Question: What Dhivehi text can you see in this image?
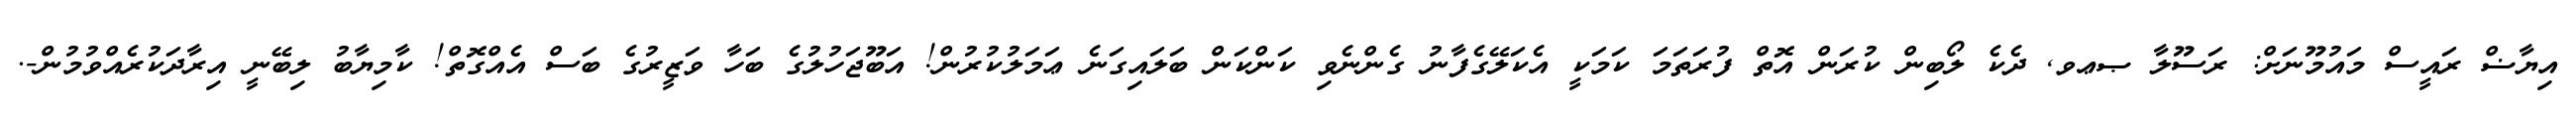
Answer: އިޔާޟް ރައީސް މައުމޫނަށް: ރަސޫލާ ޞޢވ, ދެކެ ލޯބިން ކުރަން އޮތް ފުރަތަމަ ކަމަކީ އެކަލޭގެފާނު ގެންނެވި ކަންކަން ބަލައިގަނެ ޢަމަލުކުރުން! އަބޫޖަހުލުގެ ބަހާ ވަޒީރުގެ ބަސް އެއްގޮތް! ކާމިޔާބު ލިބޭނީ އިރާދަކުރެއްވުމުން-.